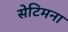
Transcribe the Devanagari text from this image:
सेटिमना